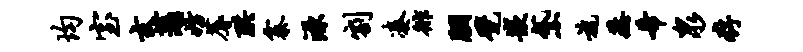
均室玄蒲妨蓐珙寨源割凑徘胭甓嵌黛旄蒸希泉存